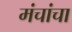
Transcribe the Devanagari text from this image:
मंचांचा